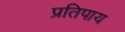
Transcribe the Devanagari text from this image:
प्रतिपाय